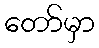
တော်မှာ